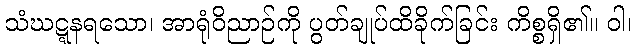
သံဃဋ္ဋနရသော၊ အာရုံဝိညာဉ်ကို ပွတ်ချုပ်ထိခိုက်ခြင်း ကိစ္စရှိ၏။ ဝါ၊